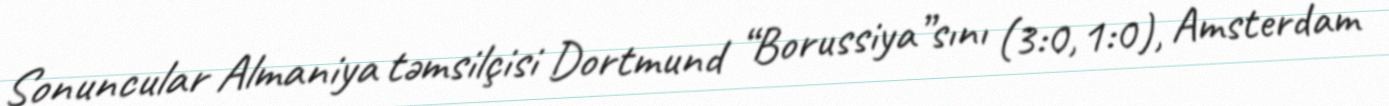
Sonuncular Almaniya təmsilçisi Dortmund “Borussiya”sını (3:0, 1:0), Amsterdam